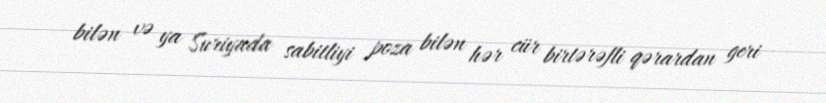
bilən və ya Suriyada sabitliyi poza bilən hər cür birtərəfli qərardan geri